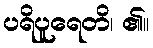
ပရိပူရေတိ၊ ၏။